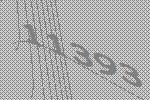
11393